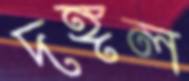
দঙ্গল